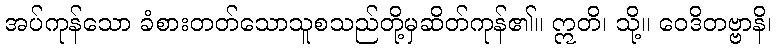
အပ်ကုန်သော ခံစားတတ်သောသူစသည်တို့မှဆိတ်ကုန်၏။ ဣတိ၊ သို့။ ဝေဒိတဗ္ဗာနိ၊